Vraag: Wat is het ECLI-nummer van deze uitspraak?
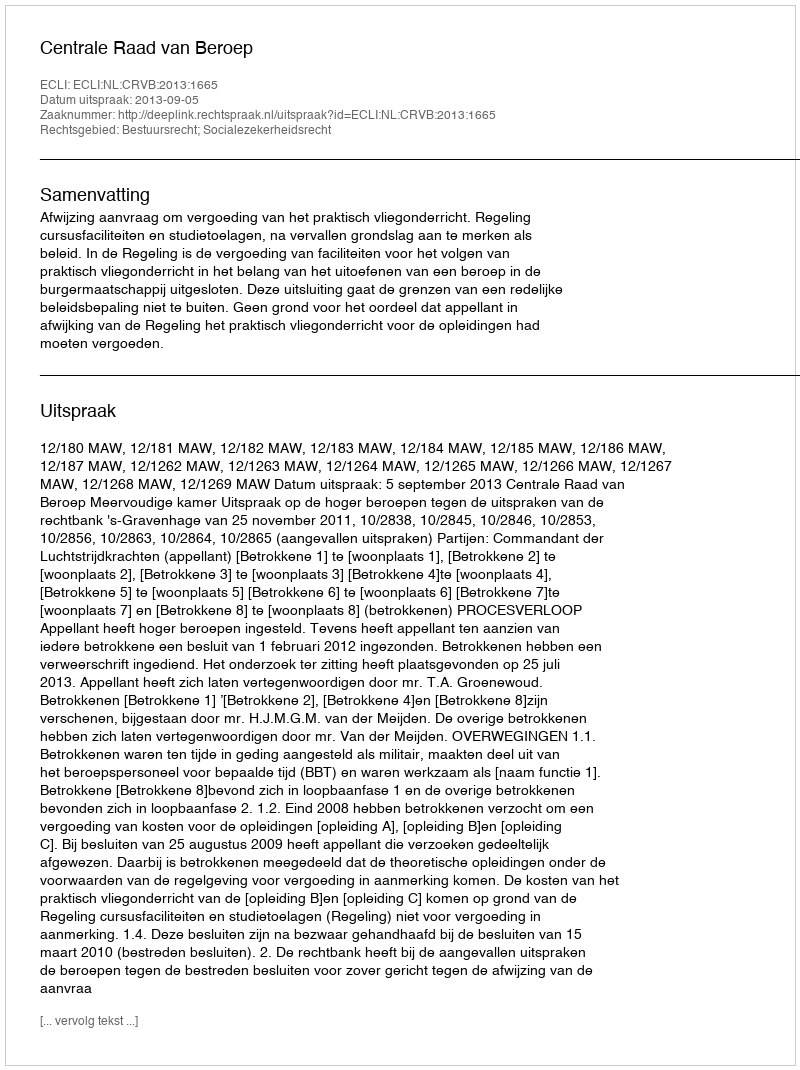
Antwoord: ECLI:NL:CRVB:2013:1665